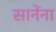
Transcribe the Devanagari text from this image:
सानेंना